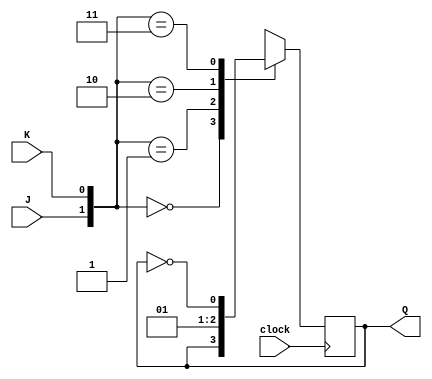
module jkff(J, K, clock, Q);
    input J, K, clock;
    output Q;
    reg Q;

    initial
        Q = 0;

    always @ (posedge clock) begin
        case ({J,K})
            2'b00: Q <= Q;
            2'b01: Q <= 1'b0;
            2'b10: Q <= 1'b1;
            2'b11: Q <= ~Q;
        endcase
    end
endmodule